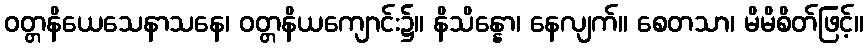
ဝတ္တနိယေသေနာသနေ၊ ဝတ္တနိယကျောင်း၌။ နိသိန္နော၊ နေလျက်။ စေတသာ၊ မိမိစိတ်ဖြင့်။